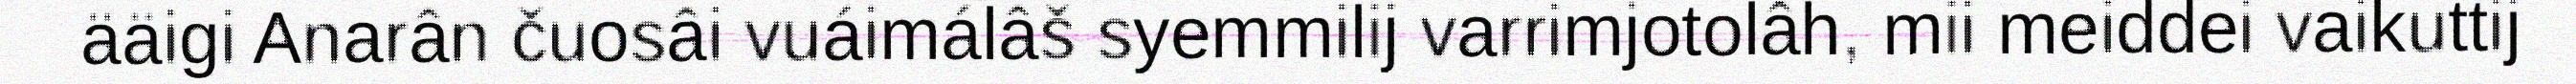
ääigi Anarân čuosâi vuáimálâš syemmilij varrimjotolâh, mii meiddei vaikuttij